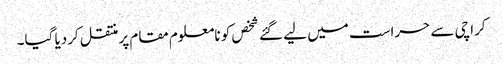
کراچی سے حراست میں لیے گئے شخص کو نامعلوم مقام پرمنتقل کردیا گیا۔